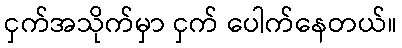
ငှက်အသိုက်မှာ ငှက် ပေါက်နေတယ်။